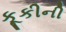
કૂકીની